Vaccination report Assam 1874-1896 - 1874-1896
Year: 1874
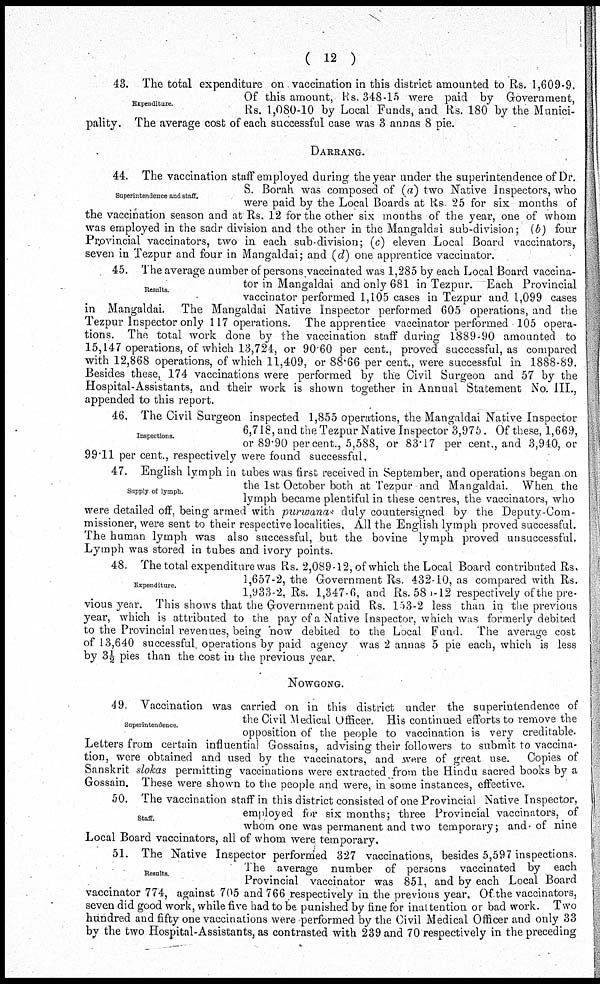
( 12 )
Expenditure.
43. The total expenditure on vaccination in this district amounted to Rs. 1,609-9.
Of this amount, Rs. 348-15 were paid by Government,
Rs. 1,080-10 by Local Funds, and Rs. 180 by the Munici-
pality. The average cost of each successful case was 3 annas 8 pie.
DARRANG.
Superintendence and staff.
44. The vaccination staff employed during the year under the superintendence of Dr.
S. Borah was composed of (a) two Native Inspectors, who
were paid by the Local Boards at Rs. 25 for six months of
the vaccination season and at Rs. 12 for the other six months of the year, one of whom
was employed in the sadr division and the other in the Mangaldai sub-division; (b) four
Provincial vaccinators, two in each sub-division; (c) eleven Local Board vaccinators,
seven in Tezpur and four in Mangaldai; and (d) one apprentice vaccinator.
Results.
45. The average number of persons vaccinated was 1,285 by each Local Board vaccina-
tor in Mangaldai and only 681 in Tezpur. Each Provincial
vaccinator performed 1,105 cases in Tezpur and 1,099 cases
in Mangaldai. The Mangaldai Native Inspector performed 605 operations, and the
Tezpur Inspector only 117 operations. The apprentice vaccinator performed 105 opera-
tions. The total work done by the vaccination staff during 1889-90 amounted to
15,147 operations, of which 13,724, or 90.60 per cent., proved successful, as compared
with 12,868 operations, of which 11,409, or 88.66 per cent., were successful in 1888-89.
Besides these, 174 vaccinations were performed by the Civil Surgeon and 57 by the
Hospital-Assistants, and their work is shown together in Annual Statement No. III.,
appended to this report.
Inspections.
46. The Civil Surgeon inspected 1,855 operations, the Mangaldai Native Inspector
6,718, and the Tezpur Native Inspector 3,975. Of these, 1,669,
or 89.90 per cent., 5,588, or 83.17 per cent., and 3,940, or
99.11 per cent., respectively were found successful,
Supply of lymph.
47. English lymph in tubes was first received in September, and operations began on
the 1st October both at Tezpur and Mangaldai. When the
lymph became plentiful in these centres, the vaccinators, who
were detailed off, being armed with purwanas duly countersigned by the Deputy-Com-
missioner, were sent to their respective localities. All the English lymph proved successful.
The human lymph was also successful, but the bovine lymph proved unsuccessful.
Lymph was stored in tubes and ivory points.
Expenditure.
48. The total expenditure was Rs. 2,089-12, of which the Local Board contributed Rs.
1,657-2, the Government Rs. 432-10, as compared with Rs.
1,933-2, Rs. 1,347-6, and Rs. 580-12 respectively of the pre-
vious year. This shows that the Government paid Rs. 153-2 less than in the previous
year, which is attributed to the pay of a Native Inspector, which was formerly debited
to the Provincial revenues, being now debited to the Local Fund. The average cost
of 13,640 successful operations by paid agency was 2 annas 5 pie each, which is less
by 3½ pies than the cost in the previous year.
NOWGONG.
Superintendence.
49. Vaccination was carried on in this district under the superintendence of
the Civil Medical Officer. His continued efforts to remove the
opposition of the people to vaccination is very creditable.
Letters from certain influential Gossains, advising their followers to submit to vaccina-
tion, were obtained and used by the vaccinators, and were of great use. Copies of
Sanskrit slokas permitting vaccinations were extracted from the Hindu sacred books by a
Gossain. These were shown to the people and were, in some instances, effective.
Staff.
50. The vaccination staff in this district consisted of one Provincial Native Inspector,
employed for six months; three Provincial vaccinators, of
whom one was permanent and two temporary; and of nine
Local Board vaccinators, all of whom were temporary.
Results.
51. The Native Inspector performed 327 vaccinations, besides 5,597 inspections.
The average number of persons vaccinated by each
Provincial vaccinator was 851, and by each Local Board
vaccinator 774, against 705 and 766 respectively in the previous year. Of the vaccinators,
seven did good work, while five had to be punished by fine for inattention or bad work. Two
hundred and fifty one vaccinations were performed by the Civil Medical Officer and only 33
by the two Hospital-Assistants, as contrasted with 239 and 70 respectively in the preceding